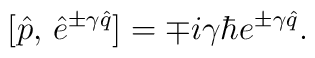
[\hat p,\,\hat e^{\pm\gamma\hat q}]=\mp i\gamma\hbar e^{\pm\gamma\hat q}.